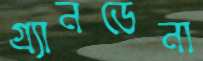
গ্র্যানডেনা